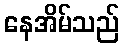
နေအိမ်သည်